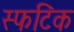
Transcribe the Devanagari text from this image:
स्फटिंक